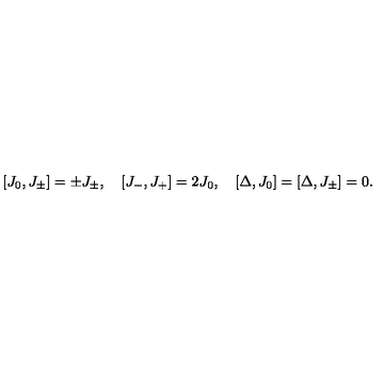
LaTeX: [ J _ { 0 } , J _ { \pm } ] = \pm J _ { \pm } , \quad [ J _ { - } , J _ { + } ] = 2 J _ { 0 } , \quad [ \Delta , J _ { 0 } ] = [ \Delta , J _ { \pm } ] = 0 .